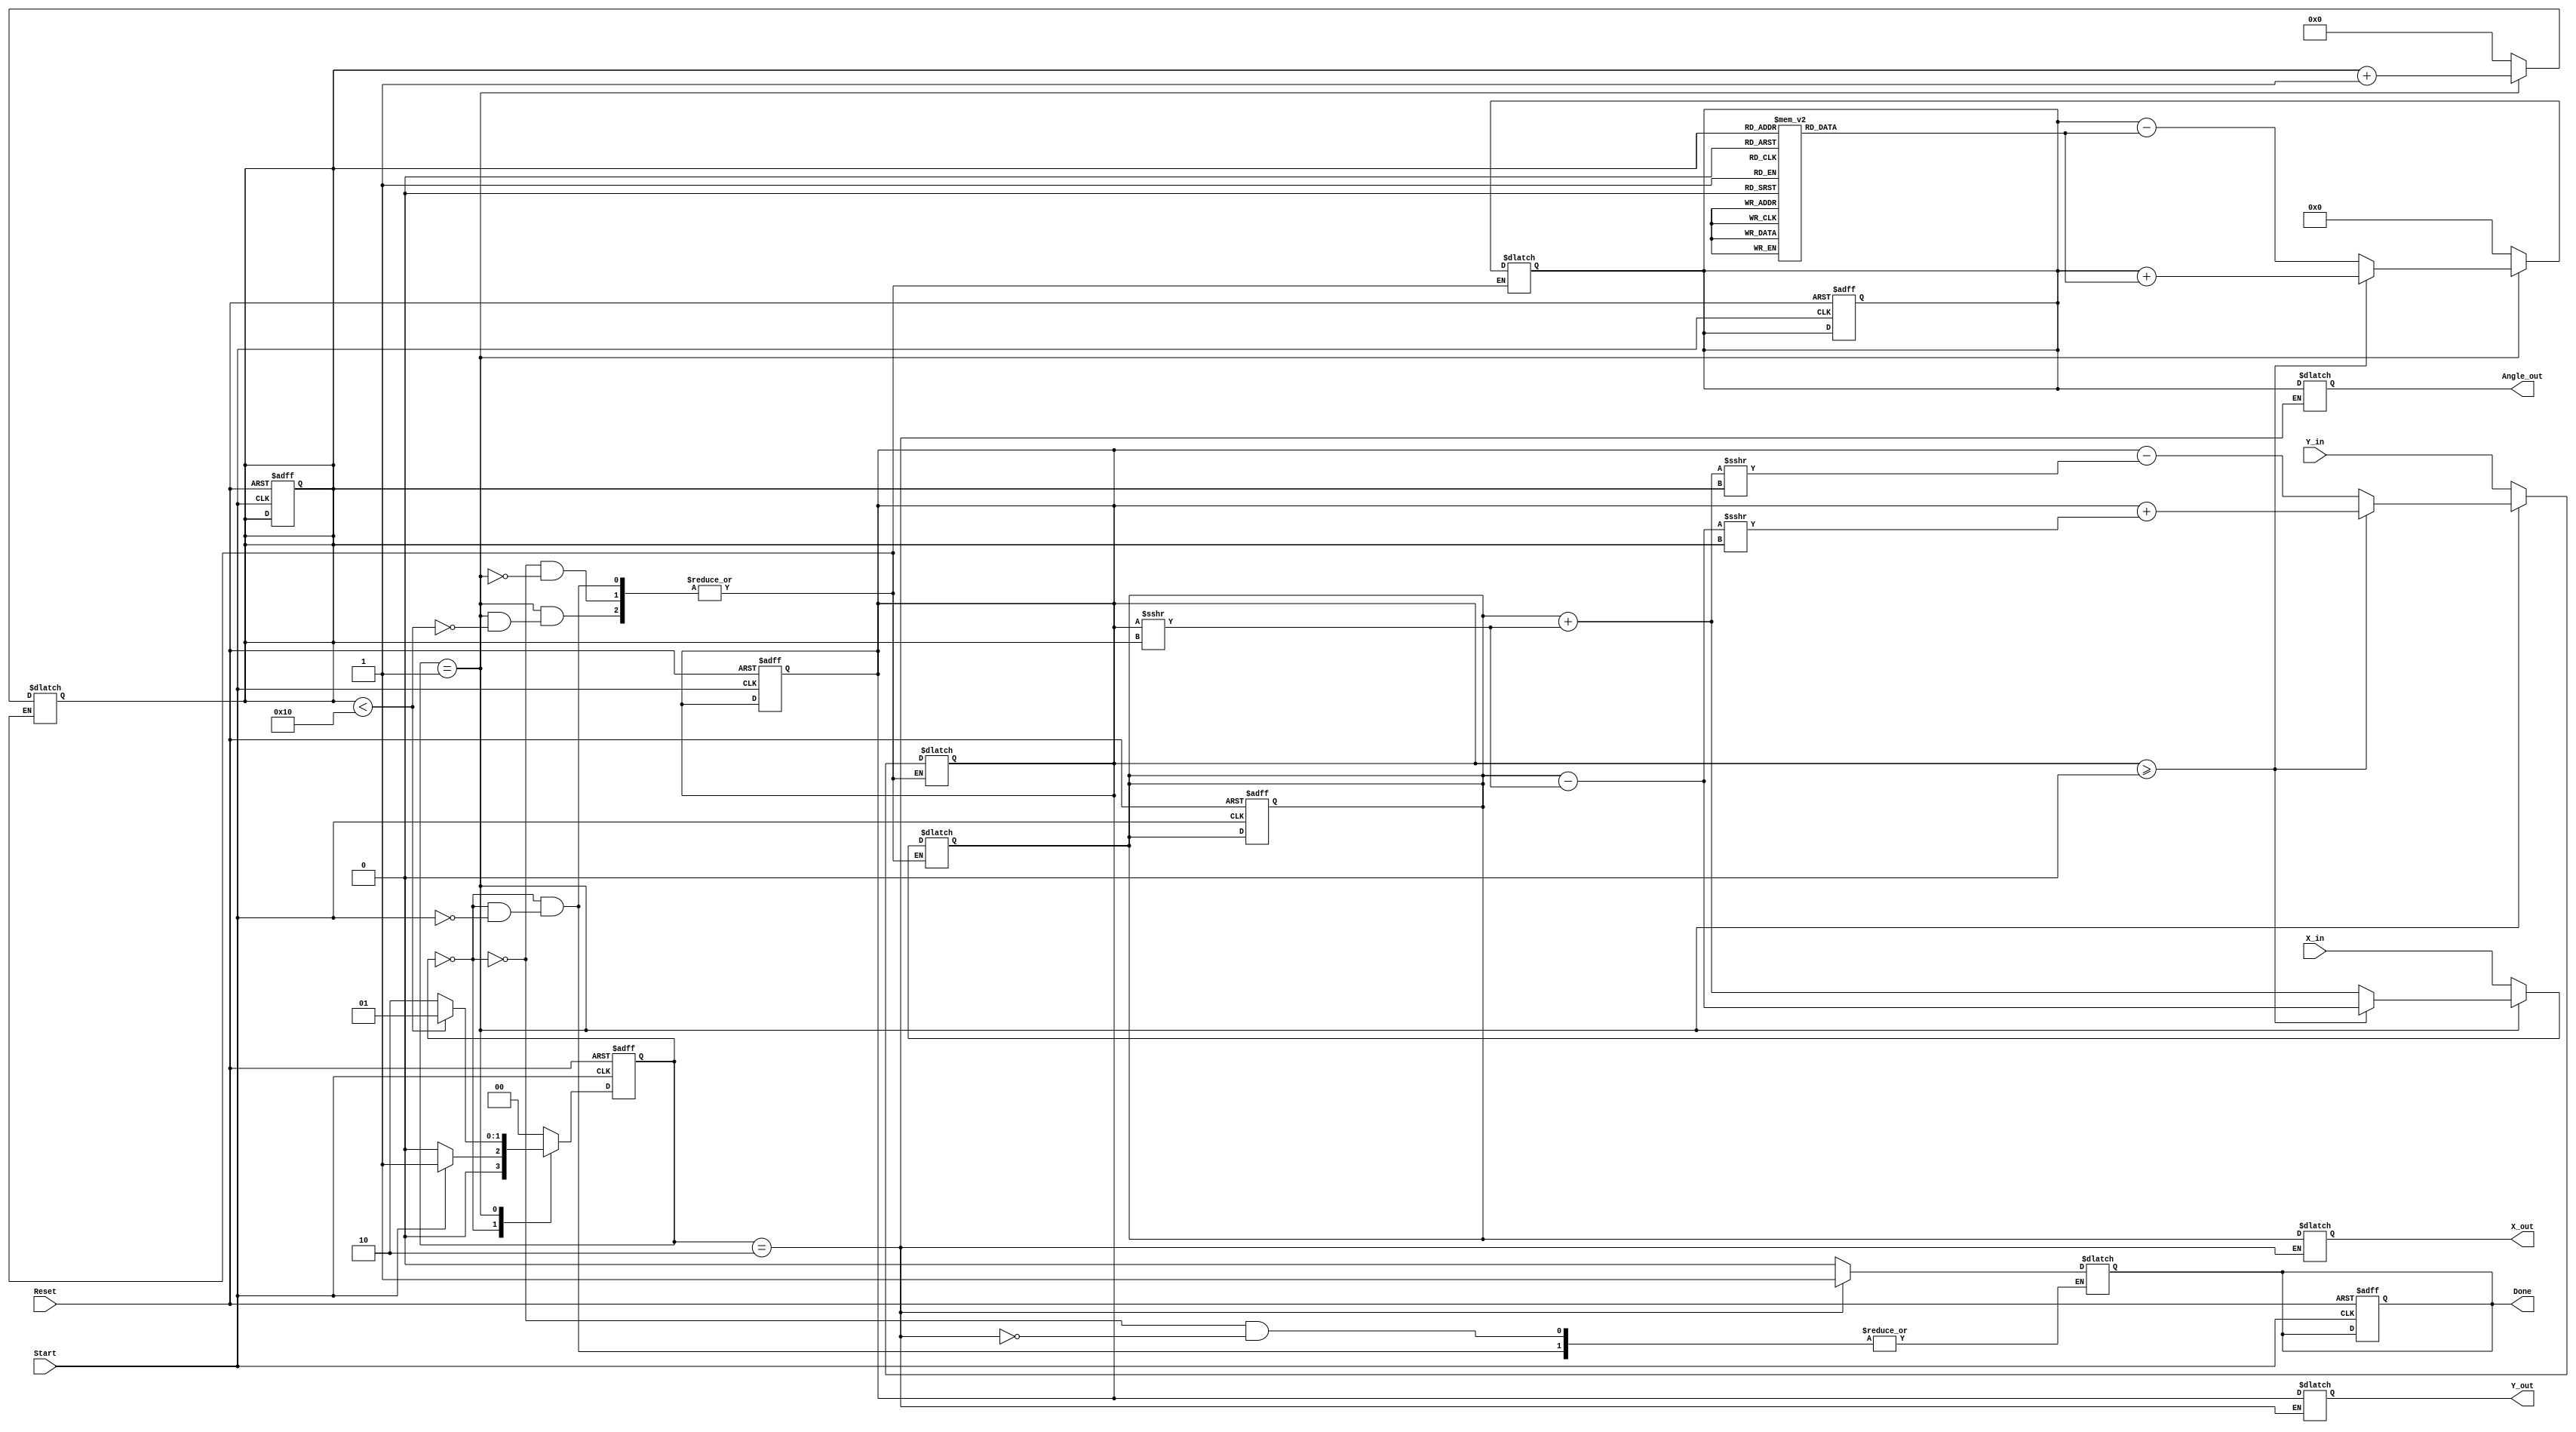
module vectoring_cordic (
    input wire signed [15:0] X_in,      // Input x-coordinate
    input wire signed [15:0] Y_in,      // Input y-coordinate
    input wire Start,                   // Control signal to initiate computation
    input wire Reset,                   // Asynchronous reset signal
    output reg signed [15:0] Angle_out, // Output computed angle
    output reg signed [15:0] X_out,     // Output final x-coordinate
    output reg signed [15:0] Y_out,     // Output final y-coordinate
    output reg Done                     // Signal indicating completion
);

    // Internal registers
    reg signed [15:0] X_reg;
    reg signed [15:0] Y_reg;
    reg signed [15:0] Angle_reg;
    reg [3:0] Iteration_count;           // Counter for iterations
    reg [1:0] state;                     // FSM state
    reg [1:0] next_state;

    // State encoding
    localparam IDLE = 2'b00;
    localparam COMPUTE = 2'b01;
    localparam DONE = 2'b10;

    // CORDIC angle lookup table (atan(2^-i) for i=0 to 15)
    reg signed [15:0] atan_table [0:15];
    initial begin
        atan_table[0] = 16'h2000; // atan(1) = 45 degrees in fixed-point
        atan_table[1] = 16'h1000; // atan(0.5)
        atan_table[2] = 16'h0800; // atan(0.25)
        atan_table[3] = 16'h0400; // atan(0.125)
        atan_table[4] = 16'h0200; // atan(0.0625)
        atan_table[5] = 16'h0100; // atan(0.03125)
        atan_table[6] = 16'h0080; // atan(0.015625)
        atan_table[7] = 16'h0040; // atan(0.0078125)
        atan_table[8] = 16'h0020; // atan(0.00390625)
        atan_table[9] = 16'h0010; // atan(0.001953125)
        atan_table[10] = 16'h0008; // atan(0.0009765625)
        atan_table[11] = 16'h0004; // atan(0.00048828125)
        atan_table[12] = 16'h0002; // atan(0.000244140625)
        atan_table[13] = 16'h0001; // atan(0.0001220703125)
        atan_table[14] = 16'h0000; // atan(0)
        atan_table[15] = 16'h0000; // atan(0)
    end

    // FSM for control logic
    always @(posedge Start or posedge Reset) begin
        if (Reset) begin
            state <= IDLE;
            Done <= 0;
            Iteration_count <= 0;
            X_reg <= 0;
            Y_reg <= 0;
            Angle_reg <= 0;
        end else begin
            state <= next_state;
        end
    end

    always @(*) begin
        case (state)
            IDLE: begin
                if (Start) begin
                    X_reg = X_in;
                    Y_reg = Y_in;
                    Angle_reg = 0;
                    Iteration_count = 0;
                    next_state = COMPUTE;
                    Done = 0;
                end else begin
                    next_state = IDLE;
                end
            end

            COMPUTE: begin
                if (Iteration_count < 16) begin
                    if (Y_reg >= 0) begin
                        // Rotate clockwise
                        X_reg = X_reg - (Y_reg >>> Iteration_count);
                        Y_reg = Y_reg + (X_reg >>> Iteration_count);
                        Angle_reg = Angle_reg + atan_table[Iteration_count];
                    end else begin
                        // Rotate counterclockwise
                        X_reg = X_reg + (Y_reg >>> Iteration_count);
                        Y_reg = Y_reg - (X_reg >>> Iteration_count);
                        Angle_reg = Angle_reg - atan_table[Iteration_count];
                    end
                    Iteration_count = Iteration_count + 1;
                    next_state = COMPUTE;
                end else begin
                    next_state = DONE;
                end
            end

            DONE: begin
                X_out = X_reg;
                Y_out = Y_reg;
                Angle_out = Angle_reg;
                Done = 1;
                next_state = IDLE; // Transition back to IDLE after done
            end

            default: next_state = IDLE;
        endcase
    end

endmodule